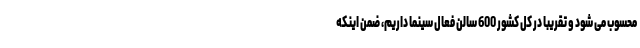
محسوب می شود و تقریباً در کل کشور 600 سالن فعال سینما داریم، ضمن اینکه